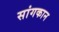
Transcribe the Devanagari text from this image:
सांगकान